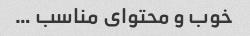
خوب و محتوای مناسب …